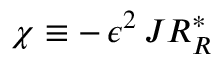
\chi \equiv - \, \epsilon ^ { 2 } \, J { \cal R } _ { R } ^ { * }